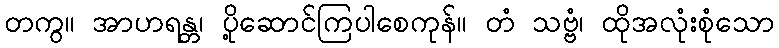
တကွ။ အာဟရန္တ၊ ပို့ဆောင်ကြပါစေကုန်။ တံ သဗ္ဗံ၊ ထိုအလုံးစုံသော